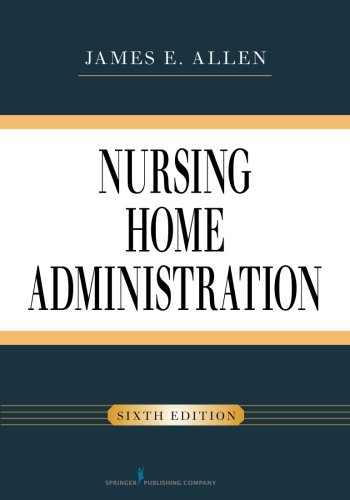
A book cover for Nursing Home Administration, Sixth Edition; James E. Allen PhD  MSPH  NHA  IP; Medical Books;